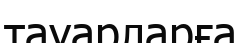
тауарларға